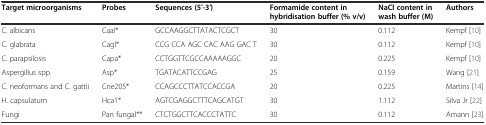
| Target microorganisms | Probes | Sequences (5′-3′) | Formamide content in hybridisation buffer (% v/v) | NaCl content in wash buffer (M) | Authors |
 | --- | --- | --- | --- | --- | --- |
 | C. albicans | Caal* | GCCAAGGCTTATACTCGCT | 30 | 0.112 | Kempf [10] |
 | C. glabrata | Cagl* | CCG CCA AGC CAC AAG GAC T | 30 | 0.112 | Kempf [10] |
 | C. parapsilosis | Capa* | CCTGGTTCGCCAAAAAGGC | 20 | 0.225 | Kempf [10] |
 | Aspergillus spp. | Asp* | TGATACATTCCGAG | 25 | 0.159 | Wang [21] |
 | C. neoformans and C. gattii | Cne205* | CCAGCCCTTATCCACCGA | 20 | 0.225 | Martins [14] |
 | H. capsulatum | Hca1* | AGTCGAGGCTTTCAGCATGT | 30 | 1.112 | Silva Jr [22] |
 | Fungi | Pan fungal** | CTCTGGCTTCACCCTATTC | 30 | 0.112 | Amann [23] |